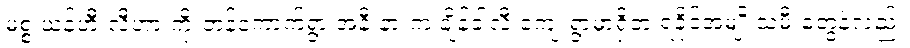
မစ္စ ယန်ဟီးလီဟာ ကိုးတန်ကောက်ရွာ အနီးနားက ချိန်ခါလီ ကျေးရွာမှာရှိတဲ့ ရခိုင်အမျိုးသမီးတွေနဲ့လည်း